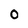
Character: 0